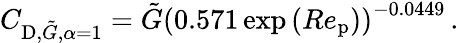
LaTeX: C_{\textup{D},\tilde{G},\alpha=1}=\tilde{G}\left(0.571\exp{(Re_{\textup{p}})}\right)^{-0.0449}\, .